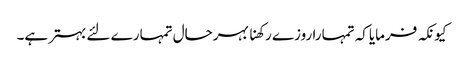
کیونکہ فرمایاکہ تمہارا روزے رکھنا بہرحال تمہارے لئے بہترہے۔